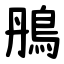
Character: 鴅